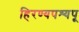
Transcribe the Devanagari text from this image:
हिरण्यपश्यपू